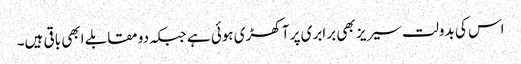
اس کی بدولت سیریز بھی برابری پر آ کھڑی ہوئی ہے جبکہ دو مقابلے ابھی باقی ہیں۔